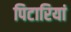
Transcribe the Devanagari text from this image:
पिटारियां